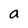
Character: a